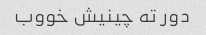
دور ته چینیش خووب